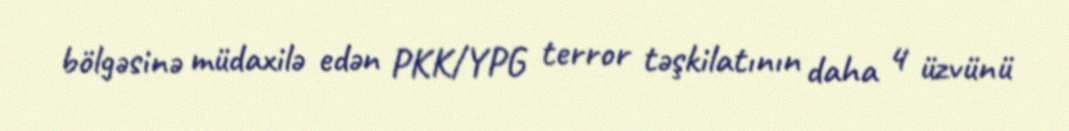
bölgəsinə müdaxilə edən PKK/YPG terror təşkilatının daha 4 üzvünü